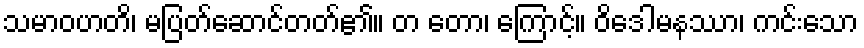
သမာဝဟတိ၊ မပြတ်ဆောင်တတ်၏။ တ တော၊ ကြောင့်။ ဝိဒေါမနဿာ၊ ကင်းသော